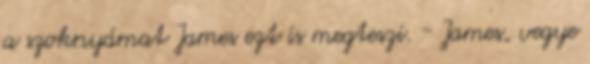
a szoknyámat James ezt is megteszi. - James, vegye